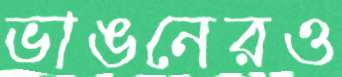
ভাঙনেরও